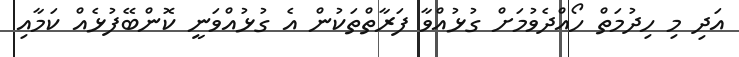
އަދި މި ހިދުމަތް ހޯއްދެވުމަށް ގުޅުއްވާ ފަރާތްތަކުން އެ ގުޅުއްވަނީ ކޮންބޭފުޅެއް ކަމާއި